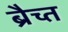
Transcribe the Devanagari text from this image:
ब्रैच्त